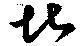
堪